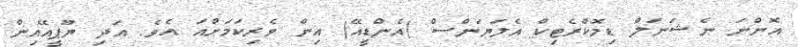
އޮންނަ ނެޝަނަލް ޑިމޮކްރެޓިކް އެލަޔަންސް (އެންޑީއޭ) އިން ވެރިކަމަށްއަ އެވެ. އަދި ޔޫޕީއޭއިން